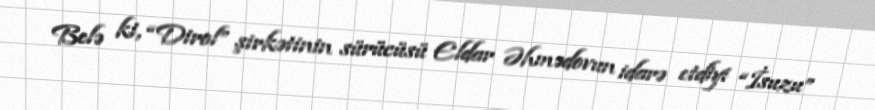
Belə ki, “Dirol” şirkətinin sürücüsü Eldar Əhmədovun idarə etdiyi “İsuzu”